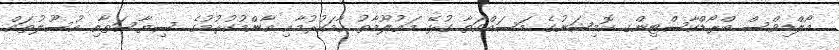
މޯލްޑިވްސް ބްރޯޑްކާސްޓިންގ ކޮމިޝަނުގެ މަސައްކަތާ ގުޅޭ މަޢުލޫމާތު ހާމަކުރުމާއި އާންމުކުރުމުގެ ސިޔާސަތާއި އުސޫލުތައް